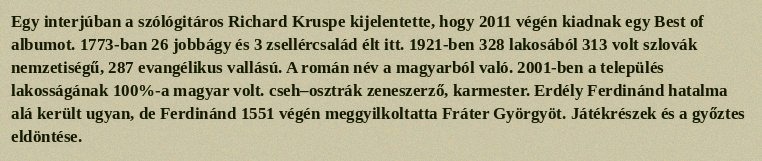
Egy interjúban a szólógitáros Richard Kruspe kijelentette, hogy 2011 végén kiadnak egy Best of albumot. 1773-ban 26 jobbágy és 3 zsellércsalád élt itt. 1921-ben 328 lakosából 313 volt szlovák nemzetiségű, 287 evangélikus vallású. A román név a magyarból való. 2001-ben a település lakosságának 100%-a magyar volt. cseh–osztrák zeneszerző, karmester. Erdély Ferdinánd hatalma alá került ugyan, de Ferdinánd 1551 végén meggyilkoltatta Fráter Györgyöt. Játékrészek és a győztes eldöntése.